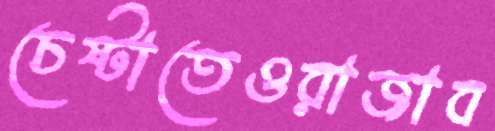
চেষ্টাতেওরাজাব